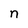
Character: n